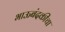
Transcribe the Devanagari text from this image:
भाऊबंदकीचा